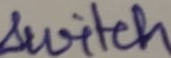
Text: switch